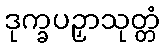
ဒုက္ခပဉှာသုတ္တံ